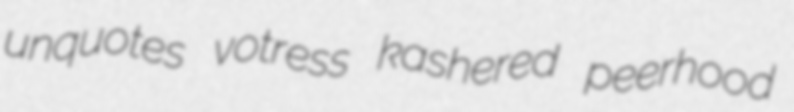
unquotes votress kashered peerhood